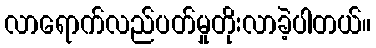
လာရောက်လည်ပတ်မှုတိုးလာခဲ့ပါတယ်။